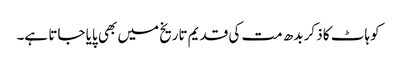
کوہاٹ کا ذکر بدھ مت کی قدیم تاریخ میں بھی پایا جاتا ہے۔